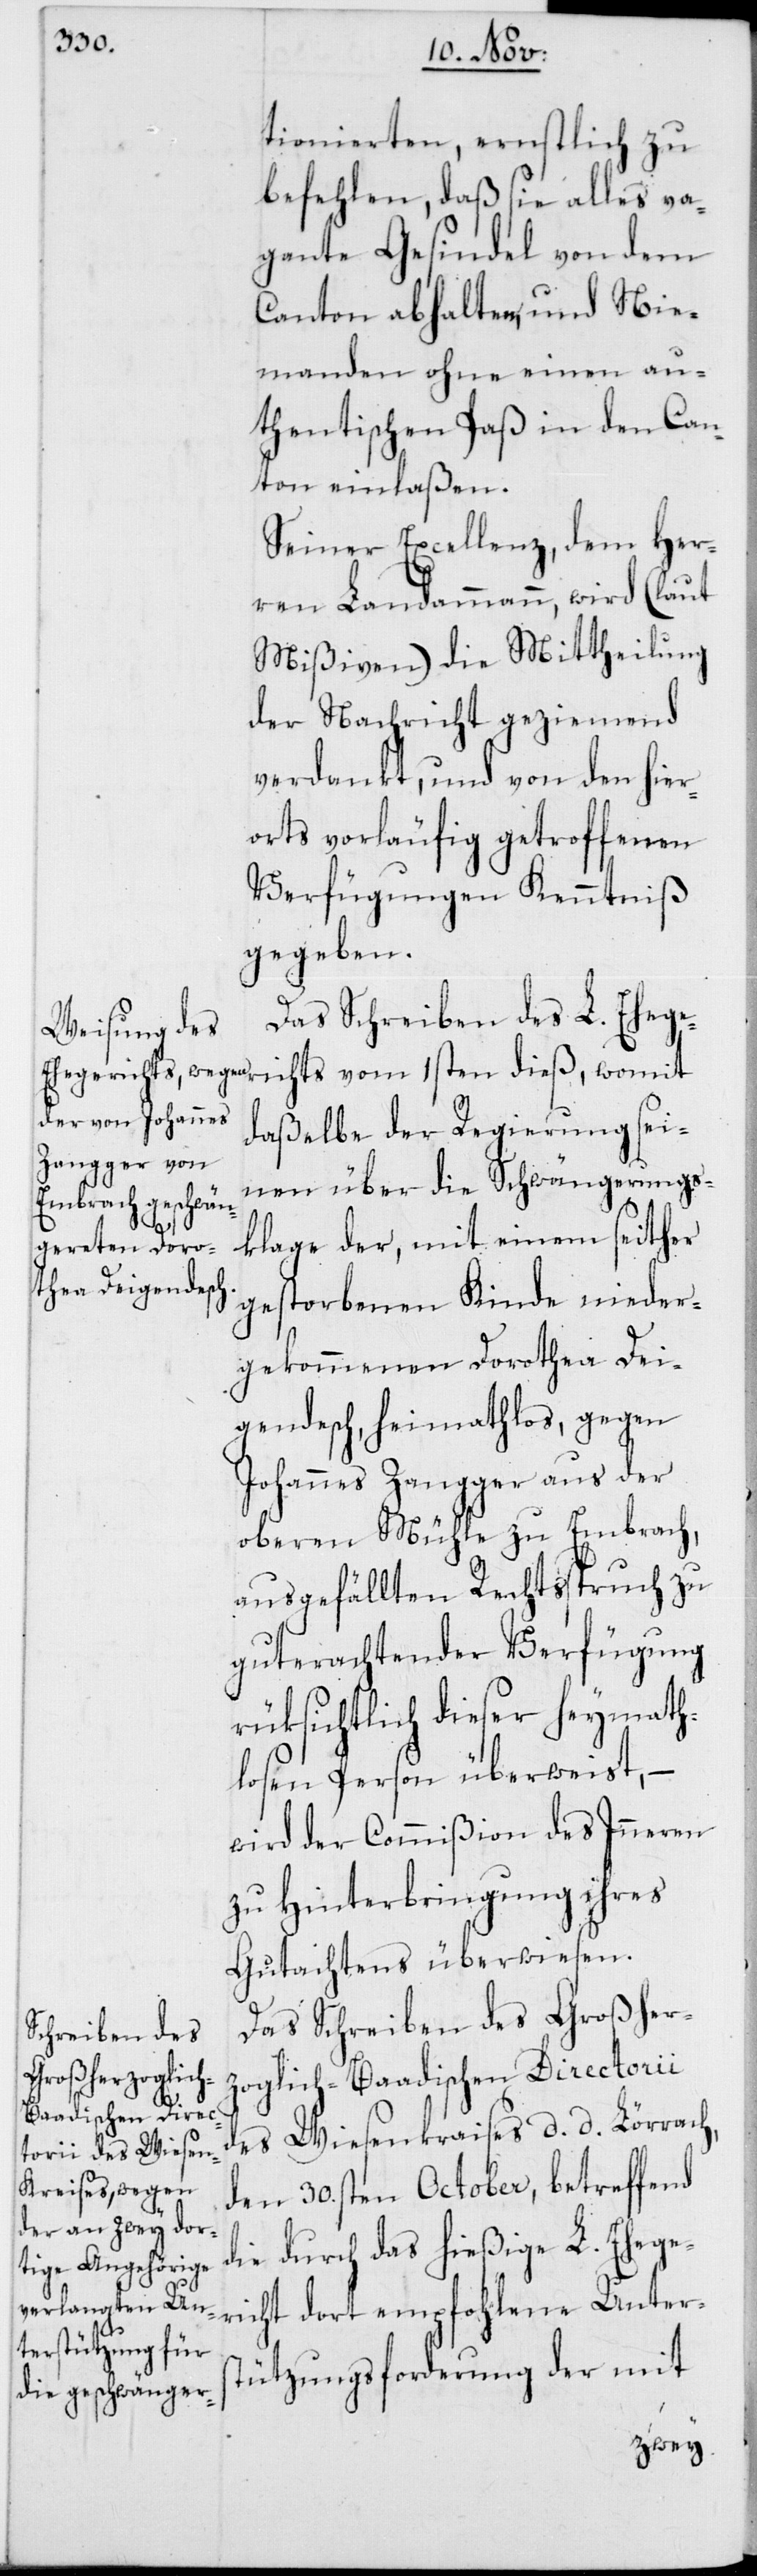
tionierten, ernstlich zu
befehlen, daß sie alles va¬
gante Gesindel von dem
Canton abhalten, und Nie¬
manden ohne einen au¬
thentischen Pass in den Can¬
ton einlaßen.
Seiner Excellenz, dem Her¬
ren Landammann, wird (laut
Mißiven) die Mittheilung
der Nachricht geziemend
verdankt, und von den hier¬
orts vorläufig getroffenen
Verfügungen Kenntniß
gegeben.
Das Schreiben des L. Ehege¬
richts vom 1sten dieß, womit
daßelbe der Regierung sei¬
nen über die Schwängerungs¬
klage der, mit einem seither
gestorbenen Kinde nieder¬
gekommenen Dorothea Dei¬
gendesch, heimathlos, gegen
Johannes Zangger aus der
oberen Mühle zu Embrach,
ausgefällten Rechtsspruch zu
guterachtender Verfügung
rüksichtlich dieser heymath¬
losen Person überweist, –
wird der Commißion des Inneren
zu Hinterbringung ihres
Gutachtens überwiesen.
Das Schreiben des Großher¬
zoglich-Baadischen Directorii
des Wiesenkraises d. d. Lörrach
den 30sten October, betreffend
die durch das hießige L. Ehege¬
richt dort empfohlene Unter¬
stützungs-Forderung der mit